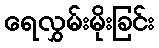
ရေလွှမ်းမိုးခြင်း